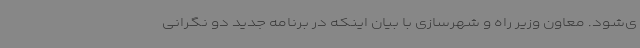
ی‌شود. معاون وزیر راه و شهرسازی با بیان اینکه در برنامه جدید دو نگرانی